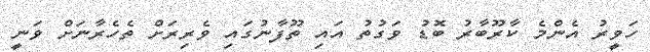
ހަވީރު އެންމެ ކާރޫބާރު ބޮޑު ވަގުތު އައި ތޫފާނުގައި ވެރިރަށް ތެހެރާނަށް ވަނީ